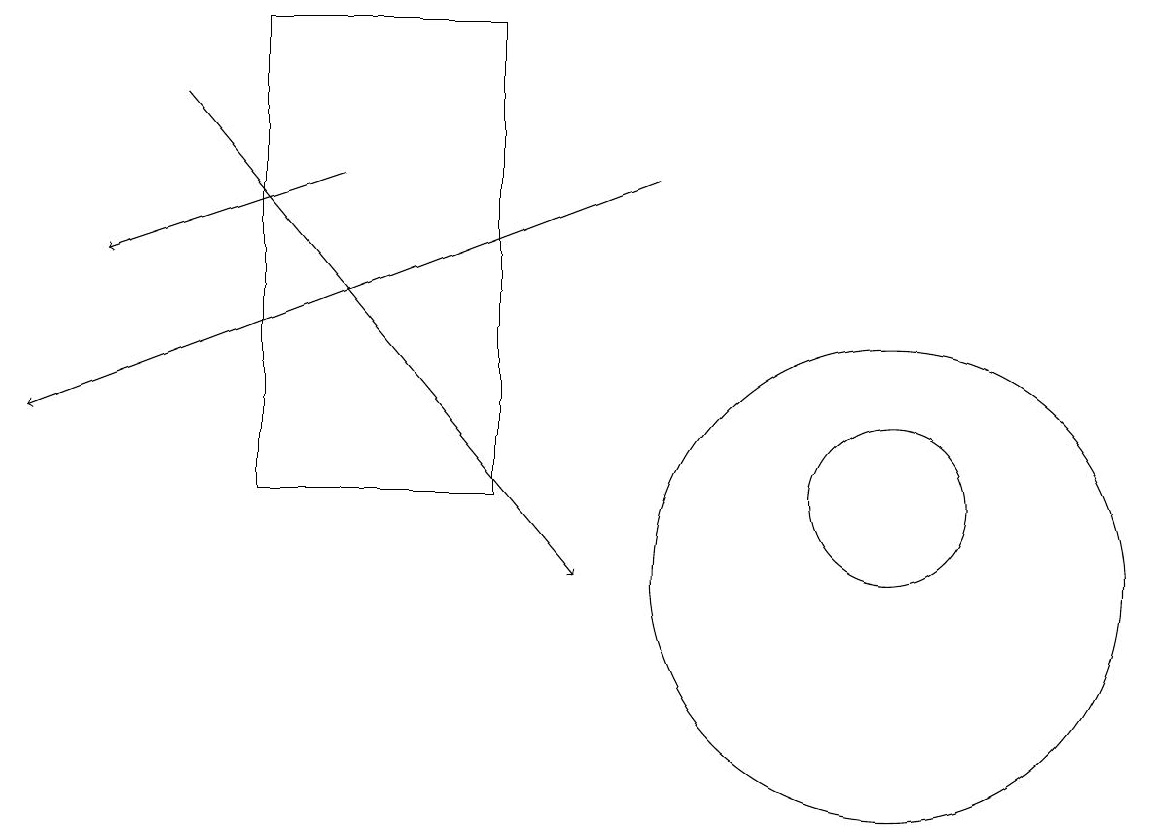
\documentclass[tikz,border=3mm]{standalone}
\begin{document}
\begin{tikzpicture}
\draw[->] (8,15) -- (0,12);
\draw[->] (4,15) -- (1,14);
\draw[->] (2,16) -- (7,10);
\draw (3,17) rectangle (6,11);
\draw (11,11) circle (1);
\draw (11,10) circle (3);
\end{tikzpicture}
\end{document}